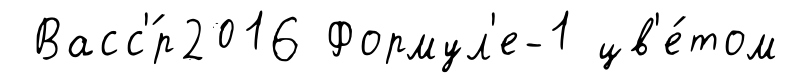
Васс'́р2016 Формул'е-1 цв'е́том